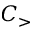
C _ { > }